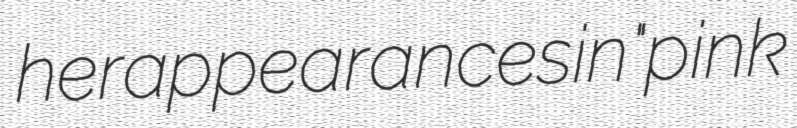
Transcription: her appearances in "pink